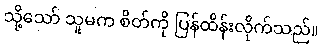
သို့သော် သူမက စိတ်ကို ပြန်ထိန်းလိုက်သည်။